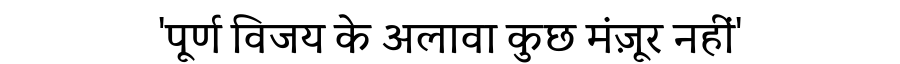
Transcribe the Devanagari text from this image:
'पूर्ण विजय के अलावा कुछ मंज़ूर नहीं'